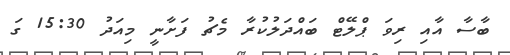
ބާސާ އާއި ރިވަ ޕްލޭޓް ބައްދަލުކުރާ މެޗު ފަށާނީ މިއަދު 15:30 ގަ